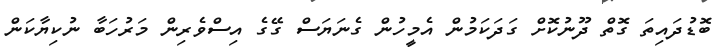
ބޮޑުދައިތަ ގޮތް ދޫނުކޮށް ގަދަކަމުން އެމީހުން ގެނަޔަސް ގޭގެ އިސްވެރިން މަރުހަބާ ނުކިޔާކަން